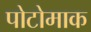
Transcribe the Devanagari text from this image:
पोटोमाक